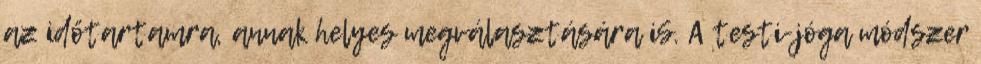
az időtartamra, annak helyes megválasztására iS. A testi-jóga módszer